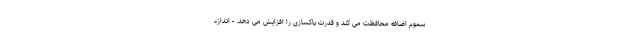
سموم اضافه محافظت می کند و قدرت پاکسازی را افزایش می دهد. - اندازه